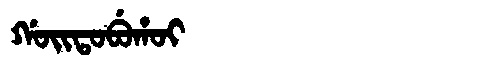
Manchu: ᡤᠣᡳᡨᠣᠪᡠᡥᠣᡳ
Romanization: GOITOBUHOI